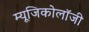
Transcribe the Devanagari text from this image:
म्‍यूजिकोलॉजी